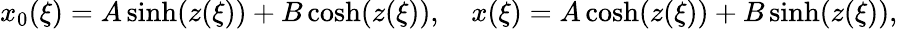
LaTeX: x_{0}(\xi)=A\sinh(z(\xi))+B\cosh(z(\xi)),\quad x(\xi)=A\cosh(z(\xi))+B\sinh(z(\xi)),